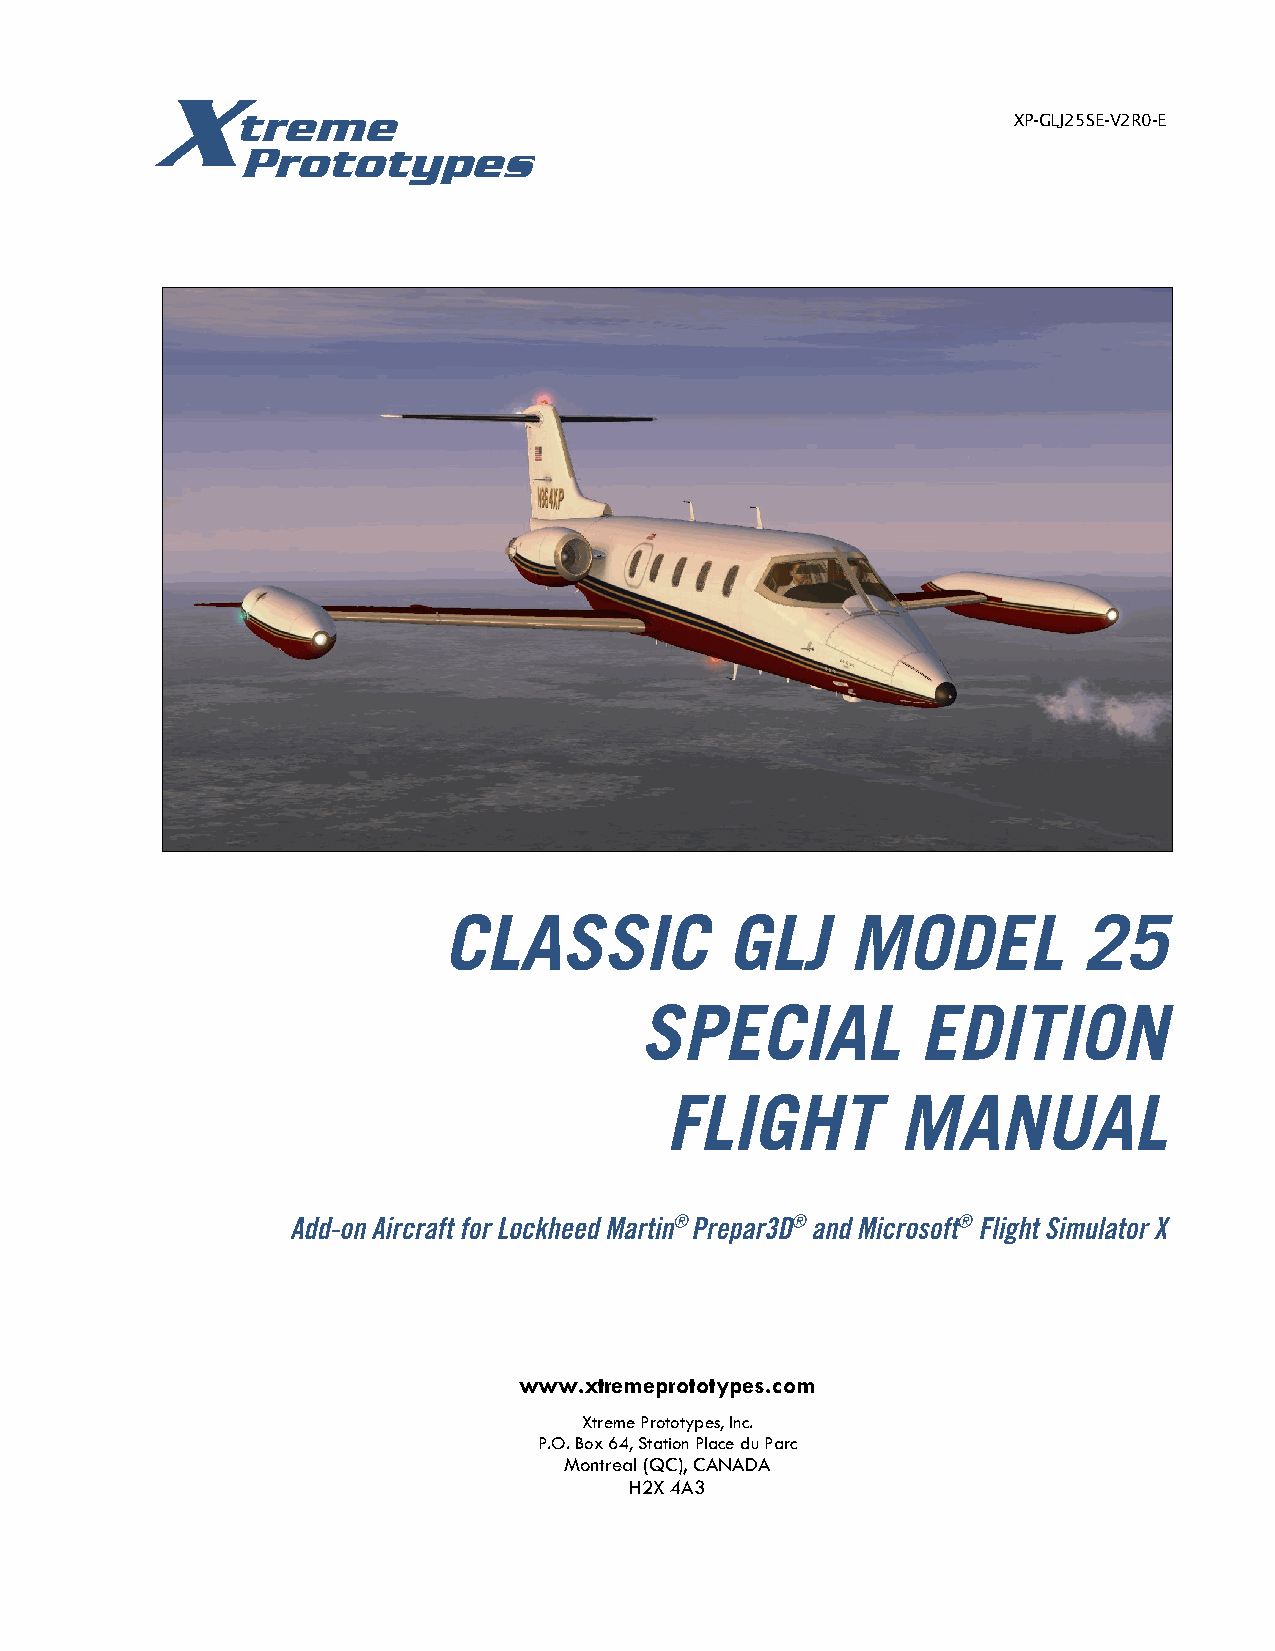
X
 treme                                               XP-GLJ25SE-V2R0-E
 Prototypes
 www.xtremeprototypes.com
 Xtreme Prototypes, Inc.
 P.O. Box 64, Station Place du Parc
 Montreal (QC), CANADA
 H2X 4A3